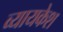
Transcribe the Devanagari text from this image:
व्यायकेश